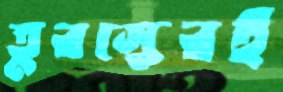
তুরস্কেরই